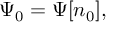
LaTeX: \Psi _ { 0 } = \Psi [ n _ { 0 } ] ,